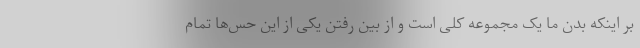
بر اینکه بدن ما یک مجموعه کلی است و از بین رفتن یکی از این حس‌ها تمام